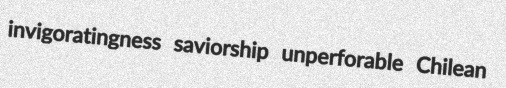
invigoratingness saviorship unperforable Chilean